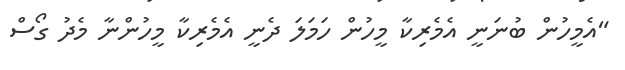
"އެމީހުން ބުނަނީ އެމެރިކާ މީހުން ހަމަލަ ދެނީ އެމެރިކާ މީހުންނާ މެދު ގޯސް